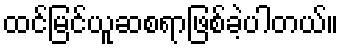
ထင်မြင်ယူဆစရာဖြစ်ခဲ့ပါတယ်။